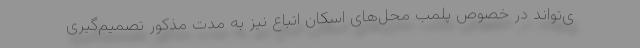
ی‌تواند در خصوص پلمب محل‌های اسکان اتباع نیز به مدت مذکور تصمیم‌گیری